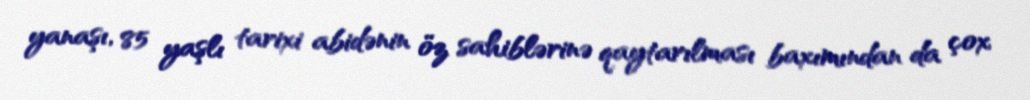
yanaşı, 85 yaşlı tarixi abidənin öz sahiblərinə qaytarılması baxımından da çox